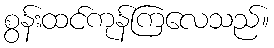
စွန်းထင်ကုန်ကြလေသည်။